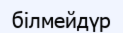
білмейдүр